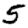
Digit: 5